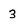
Character: 3